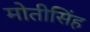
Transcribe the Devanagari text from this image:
मोतीसिंह